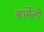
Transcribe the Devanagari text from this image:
कार्सेली